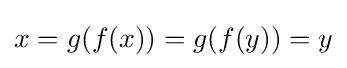
x=g(f(x))=g(f(y))=y